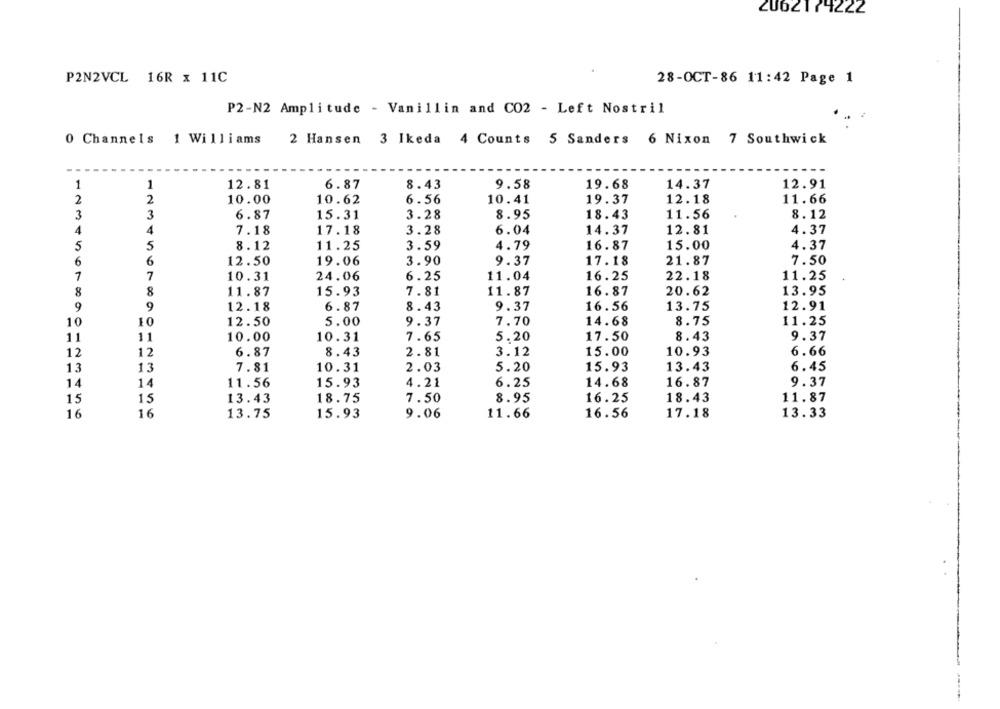
2062174222
P2N2VCL 16R x 11C
28-OCT-86 11:42 Page 1
P2-N2 Amplitude - Vanillin and CO2 - Left Nostril
Channels 1 Williams
2 Hansen 3 Ikeda 4 Counts 5 Sanders 6 Nixon 7 Southwick
1
8.43
9.58
19.68
14.37
12.91
12.81
6.87
10.41
2
2
10.00
10.62
6.56
19.37
12.18
11.66
3
3
6.87
15.31
3.28
8.95
18.43
11.56
8.12
4
4
7.18
17.18
3.28
6.04
14.37
12.81
4.37
5
5
8.12
11.25
3.59
4.79
16.87
15.00
4.37
6
6
12.50
19.06
3.90
9.37
17.18
21.87
7.50
1
7
10.31
24.06
6.25
11.04
16.25
22.18
11.25
8
8
7.81
11.87
11.87
15.93
16.87
20.62
13.95
9
9
12.18
6.87
8.43
9.37
16.56
13.75
12.91
10
10
12.50
5.00
9.37
7.70
14.68
8.75
11.25
11
11
10.00
10.31
7.65
5.20
17.50
8.43
9.37
12
12
6.87
8.43
2.81
3.12
15.00
10.93
6.66
13
13
7.81
10.31
2.03
5.20
15.93
13.43
6.45
14
14
11.56
4.21
6.25
14.68
16.87
9.37
15.93
11.87
15
15
13.43
18.75
7.50
8.95
16.25
18.43
16
16
13.75
15.93
9.06
11.66
16.56
17.18
13.33